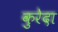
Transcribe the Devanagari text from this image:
कुरेदा